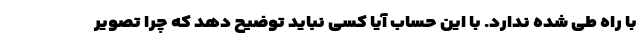
با راه طی شده ندارد. با این حساب آیا کسی نباید توضیح دهد که چرا تصویر